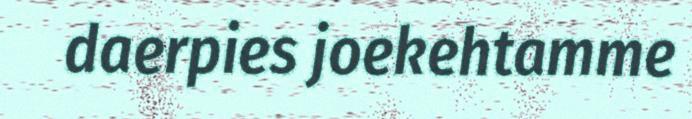
daerpies joekehtamme